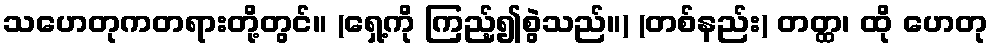
သဟေတုကတရားတို့တွင်။ (ရှေ့ကို ကြည့်၍စွဲသည်။) (တစ်နည်း) တတ္ထ၊ ထို ဟေတု